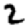
Digit: 2